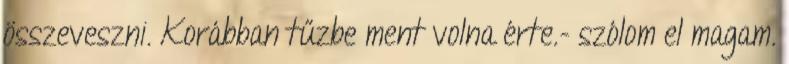
összeveszni. Korábban tűzbe ment volna érte.- szólom el magam.